Annual administration report of the Civil Veterinary Department of India - 1894-1895
Year: 1894
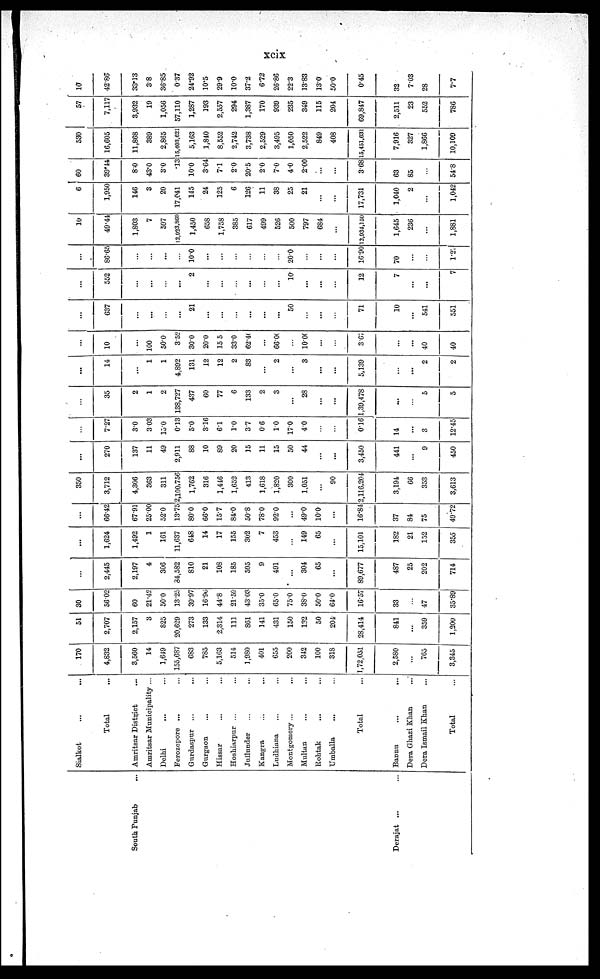
xcix
South Punjab ...
Derajat ... ...
Sialkot
...
...
Total
...
Amritsar District
...
Amritsar Municipality ...
Delhi
...
...
Ferozepore ...
...
Gurdaspur ...
...
Gurgaon
...
...
Hissar
...
...
Hoshiarpur ...
...
Jullunder
...
...
Kangra
...
...
Ludhiana
...
...
Montgomery ...
...
Multan
...
...
Rohtak
...
...
Umballa
...
...
Total
...
Bannu ...
Dera Ghazi Khan
...
Dera Ismail Khan
...
Total
...
170
4,832
3,560
14
1,649
155,687
683
785
5,163
514
1,980
401
655
200
342
100
318
1,72,051
2,580
...
765
3,345
51
2,707
2,157
3
825
20,629
273
133
2,314
111
861
141
431
150
132
50
204
28,414
841
...
359
1,200
30
5602
60
21.42
50.0
13.25
39.97
16.96
44.8
21.59
43.03
35.0
65.0
75.0
38.0
50.0
64.0
16.57
33
...
47
35.89
...
2,445
2,197
4
306
84,582
810
21
108
185
595
9
491
...
304
65
...
89,677
487
25
202
714
...
1,624
1,492
1
161
11,637
648
14
17
155
302
7
453
...
149
65
...
15,101
182
21
152
355
...
66.42
67.91
25.00
52.0
13.75
80.0
66.0
15.7
84.0
50.8
78.0
92.0
...
49.0
10.0
...
16.84
37
84
75
49.72
350
3,712
4,306
363
311
2,100,756
1,762
316
1,446
1,652
413
1,618
1,820
300
1,051
...
90
2,116,204
3,194
66
353
3,613
...
270
137
11
49
2,911
88
10
89
20
15
11
15
50
44
...
...
3,450
441
...
9
450
...
7.27
3.0
3.03
15.0
0.13
5.0
3.16
6.1
1.0
3.7
0.6
1.0
17.0
4.0
...
...
0.16
14
...
3
12.45
...
35
2
1
2
138,727
437
60
77
6
133
2
3
...
28
...
...
1,39,478
5
5
...
14
...
1
1
4,892
131
12
12
2
83
...
2
...
3
...
...
5,139
...
2
2
...
10
...
100
50.0
3.52
30.0
20.0
15.5
33.0
62.40
...
66.00
...
10.00
...
...
3.67
...
40
40
...
637
...
...
...
...
21
...
...
...
...
...
...
50
...
...
...
71
10
...
541
551
...
552
...
...
...
...
2
...
...
...
...
...
...
10
...
...
12
7
...
...
7
...
86.65
...
...
...
...
10.0
...
...
...
...
...
...
20.0
...
...
...
16.90
70
...
...
1.27
10
49.44
1,803
7
597
12,923,869
1,450
658
1,758
385
617
499
526
500
797
684
...
12,934,150
1,645
236
...
1,881
6
1,950
146
3
20
17,041
145
24
125
6
126
11
38
25
21
...
...
17,731
1,040
2
...
1,042
60
39.44
8.0
43.0
3.0
.13
19.0
3.64
7.1
2.0
20.5
2.0
7.0
4.0
2.00
...
...
3.68
63
85
...
54.8
530
16,605
11,868
389
2,865
15,403,621
5,163
1,840
8,552
2,742
3,738
2,529
3,495
1,050
2,522
849
408
15,451,631
7,916
327
1,866
10,109
57
7,117
3,932
19
1,056
57,110
1,287
193
2,557
294
1,387
170
939
235
349
115
204
69,847
2,511
23
552
786
10
42.86
33.13
3.8
36.85
0.37
24.92
10.5
29.9
10.0
37.2
6.72
26.86
22.3
13.83
13.0
50.0
0.45
32
7.03
28
7.7